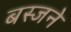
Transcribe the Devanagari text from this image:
बस्जने